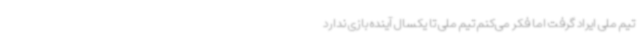
تیم ملی ایراد گرفت اما فکر می‌کنم تیم ملی تا یکسال آینده بازی ندارد